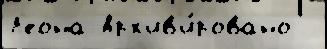
Л'еона Арх'ив'и́ровано